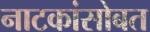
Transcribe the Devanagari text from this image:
नाटकांसोबत